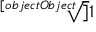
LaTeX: \sqrt [ [object Object] ] { 1 }